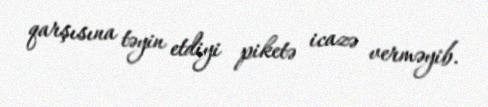
qarşısına təyin etdiyi piketə icazə verməyib.